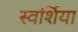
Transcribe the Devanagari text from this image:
स्वर्शिया